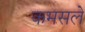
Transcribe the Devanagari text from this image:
कमसले